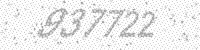
Solution: 937722